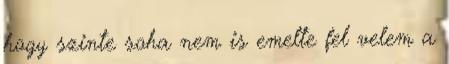
hogy szinte soha nem is emelte fel velem a